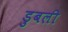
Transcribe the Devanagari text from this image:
डुबली